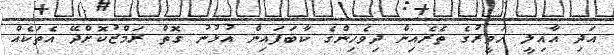
އަދި އާއިލީ ހަވީރުގެ ތެރެއިން ދިވެހިންގެ ކާބަފައިން އުޅުނު ގޮތް ރަމްޒުކޮށްދޭ އެތަކެއް